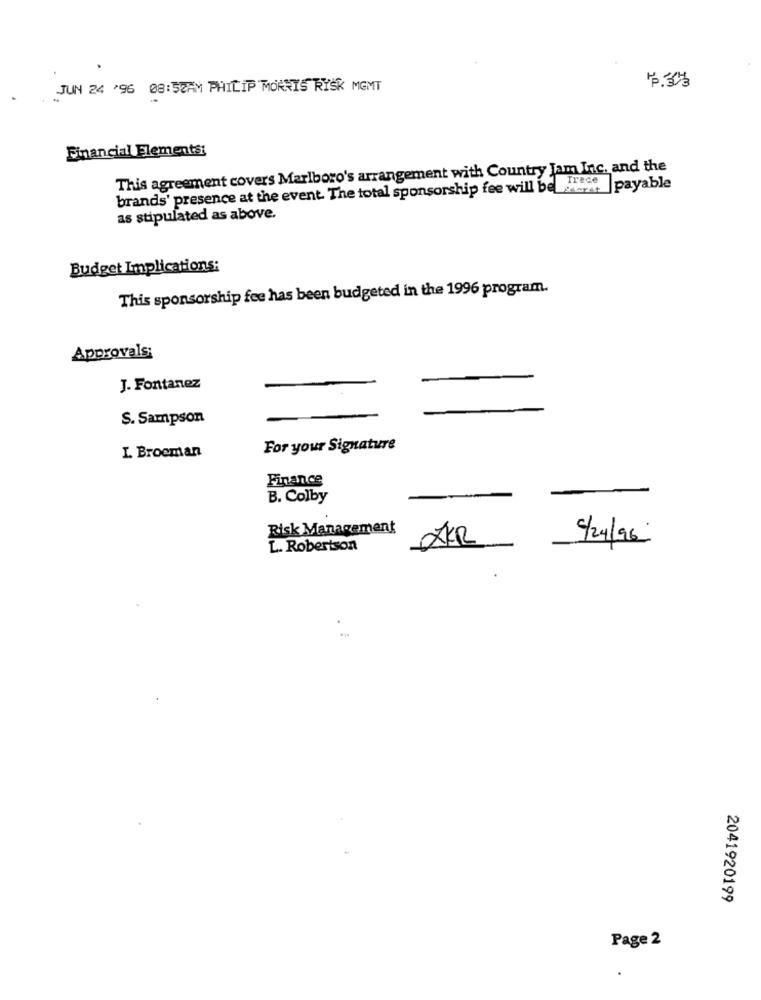
JUN 24 '96 08:52AM PHILIP MORRIS RISK MGMT
片
Financial Elements:
This agreement covers Marlboro's arrangement with Country Jam Inc. and the
brands' presence at the event The total sponsorship fee will be frece
payable
as stipulated as above.
Budget Implications:
This sponsorship fee has been budgeted in the 1996 program.
Approvals;
J. Fontanez
S. Sampson
I. Broeman
For your Signature
Finance
B. Colby
Risk Management
5/24/96
L. Robertson
2041920199
Page 2